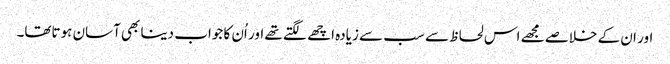
اور ان کے خلاصے مجھے اس لحاظ سے سب سے زیادہ اچھے لگتے تھے اور اُن کا جواب دینا بھی آسان ہوتاتھا۔